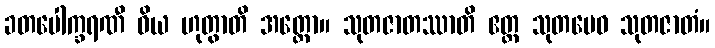
ခတပေါက္ခရဏီ ဝိယ ဟုတွာတိ အတ္ထော။ သုတဇာတဿာတိ ဧတ္ထ သုတမေဝ သုတဇာတံ။